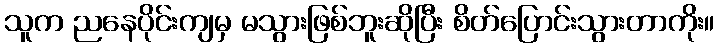
သူက ညနေပိုင်းကျမှ မသွားဖြစ်ဘူးဆိုပြီး စိတ်ပြောင်းသွားတာကိုး။